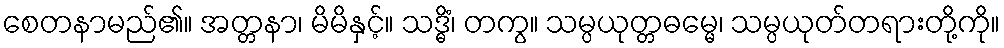
စေတနာမည်၏။ အတ္တနာ၊ မိမိနှင့်။ သဒ္ဓိံ၊ တကွ။ သမ္ပယုတ္တဓမ္မေ၊ သမ္ပယုတ်တရားတို့ကို။